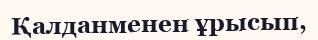
Қалданменен ұрысып,